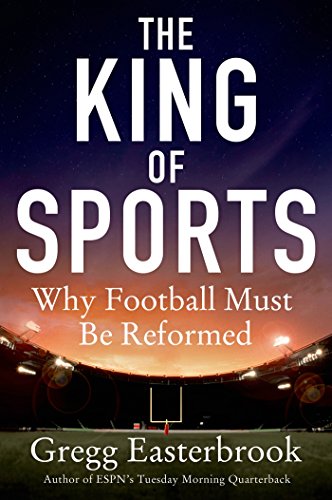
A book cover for The King of Sports: Why Football Must Be Reformed; Gregg Easterbrook; Sports & Outdoors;